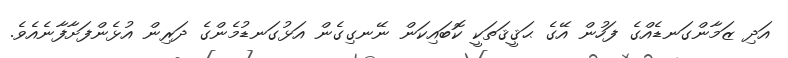
އަދި ޒަމާންގަނޑެއްގެ ފަހުން އޭގެ ޙަޤީޤަތަކީ ކޮބައިކަން ނޭނގިގެން އަޅުގަނޑުމެންގެ ދަރިން އުޅެންފަށާފާނެއެވެ.